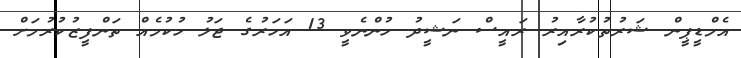
އެމްޑީޕީން ޝަރުތުކުރާއިރު ރައީސް ނަޝީދު ހުންނެވީ 13 އަހަރުގެ ޖަލު ހުކުމެއް ތަންފީޒުކުރުމަށް